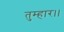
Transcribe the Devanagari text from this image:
तुम्‍हार।।